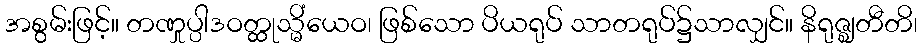
အစွမ်းဖြင့်။ တဏှုပ္ပါဒဝတ္ထုသ္မိံယေဝ၊ ဖြစ်သော ပိယရုပ် သာတရုပ်၌သာလျှင်။ နိရုဇ္ဈတီတိ၊